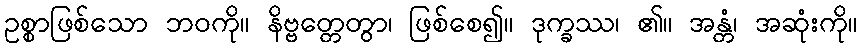
ဥစ္စာဖြစ်သော ဘဝကို။ နိဗ္ဗတ္တေတွာ၊ ဖြစ်စေ၍။ ဒုက္ခဿ၊ ၏။ အန္တံ၊ အဆုံးကို။